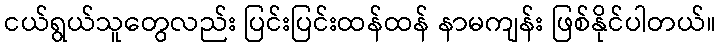
ငယ်ရွယ်သူတွေလည်း ပြင်းပြင်းထန်ထန် နာမကျန်း ဖြစ်နိုင်ပါတယ်။